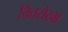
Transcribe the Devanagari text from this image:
चितरोखा